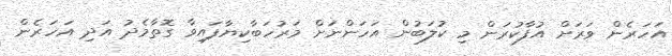
އަހަރެން ވަރަށް އުފާކުރަން މި ކުލަބުން އަހަންނަށް މަރުހަބާކިޔާފައިވާ ގޮތާމެދު އަދި އަހަރެން